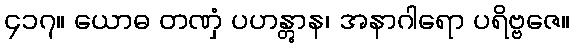
၄၁၇။ ယောဓ တဏှံ ပဟန္တွာန၊ အနာဂါရော ပရိဗ္ဗဇေ။